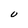
Character: U